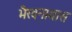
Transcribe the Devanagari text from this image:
भैरवनाथास